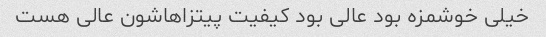
خیلی خوشمزه بود عالی بود کیفیت پیتزاهاشون عالی هست